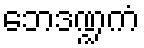
ဘေဒဏ္ဍကံ